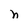
Character: n